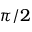
\pi / 2